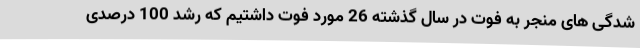
شدگی های منجر به فوت در سال گذشته 26 مورد فوت داشتیم که رشد 100 درصدی